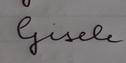
Signature authenticity: forged